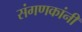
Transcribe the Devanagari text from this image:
संगणकांनी